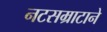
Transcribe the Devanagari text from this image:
नटसम्राटाने